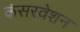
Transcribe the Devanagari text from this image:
कंसरवेशन